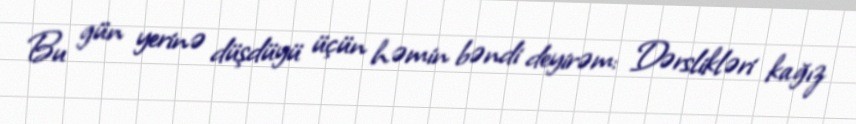
Bu gün yerinə düşdüyü üçün həmin bəndi deyirəm: Dərslikləri kağız